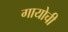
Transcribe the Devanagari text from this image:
गायोची